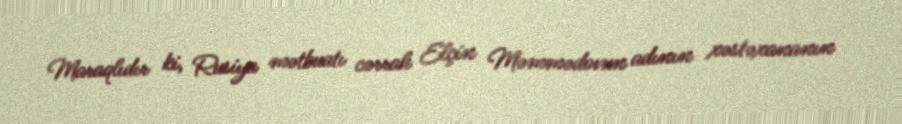
Maraqlıdır ki, Rusiya mətbuatı cərrah Elçin Məmmədovun adının xəstəxananın